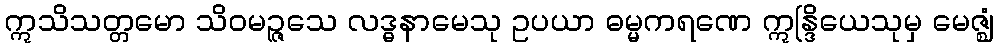
ဣသိသတ္တမော သိဝမဉ္ဇသေ လဒ္ဓနာမေသု ဥပယာ ဓမ္မကရဏေ ဣန္ဒြိယေသုမှ မေဇ္ဈံ